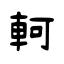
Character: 軻